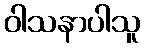
ဝါသနာပါသူ